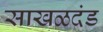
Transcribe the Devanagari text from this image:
साखळदंड